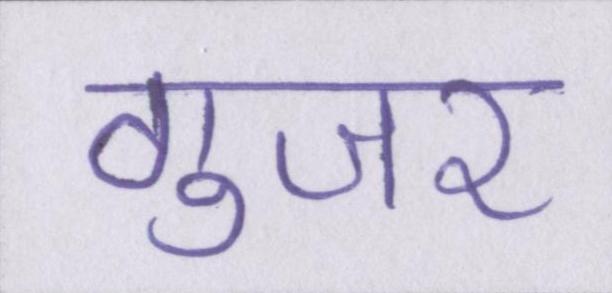
गुजर